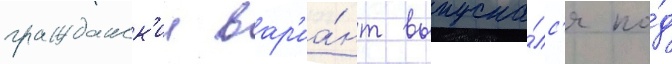
гражданск'ии вар'иа́нт выпуска́лс'я по́д